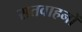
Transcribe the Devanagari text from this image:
सतवाहनों